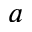
_ a